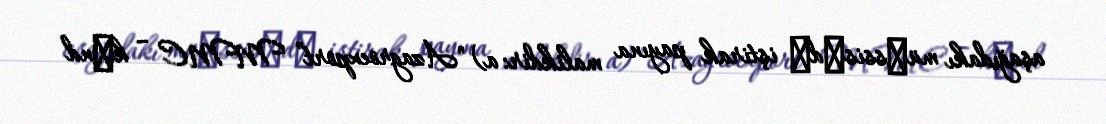
aşağıdakı müәssisәdә iştirak payına malikdir: a) "Azagroexport” MMC – kәnd